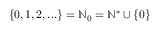
\; \{ 0 , 1 , 2 , . . . \} = \mathbb { N } _ { 0 } = \mathbb { N } ^ { * } \cup \{ 0 \}